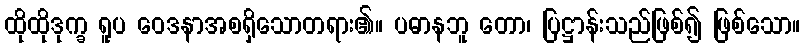
ထိုထိုဒုက္ခ ရူပ ဝေဒနာအစရှိသောတရား၏။ ပဓာနဘူ တော၊ ပြဋ္ဌာန်းသည်ဖြစ်၍ ဖြစ်သော။